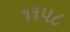
૧૧૫૮